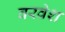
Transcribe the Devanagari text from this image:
वरवेश